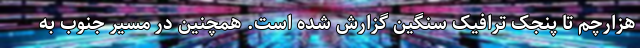
هزارچم تا پنجک ترافیک سنگین گزارش شده است. همچنین در مسیر جنوب به